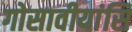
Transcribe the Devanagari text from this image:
गोसावीयांसि